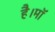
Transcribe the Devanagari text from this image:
है।माॅ